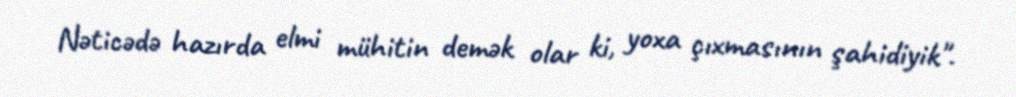
Nəticədə hazırda elmi mühitin demək olar ki, yoxa çıxmasının şahidiyik".